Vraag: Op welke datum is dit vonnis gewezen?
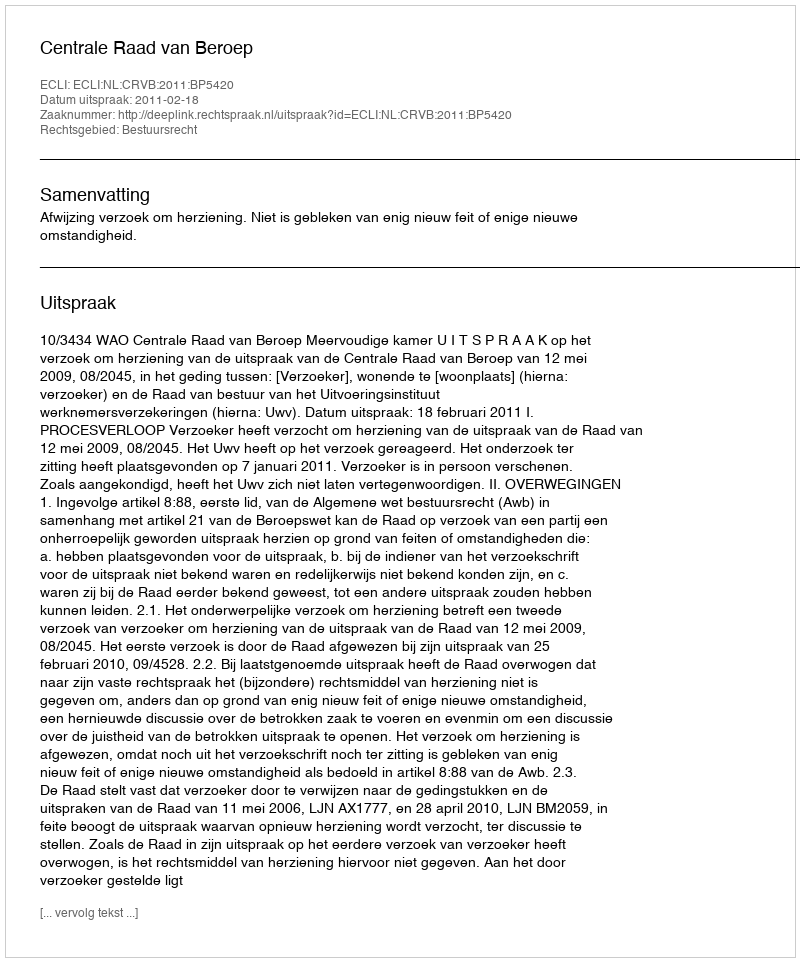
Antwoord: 2011-02-18